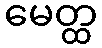
မေတ္ထ